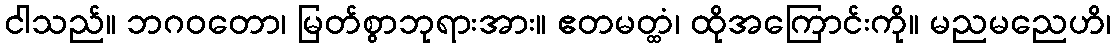
ငါသည်။ ဘဂဝတော၊ မြတ်စွာဘုရားအား။ ဧတမတ္ထံ၊ ထိုအကြောင်းကို။ မညမညေဟိ၊